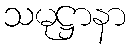
သမုဋ္ဌာနာ